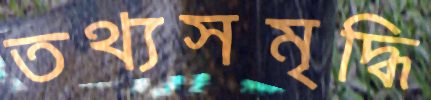
তথ্যসমৃদ্ধি